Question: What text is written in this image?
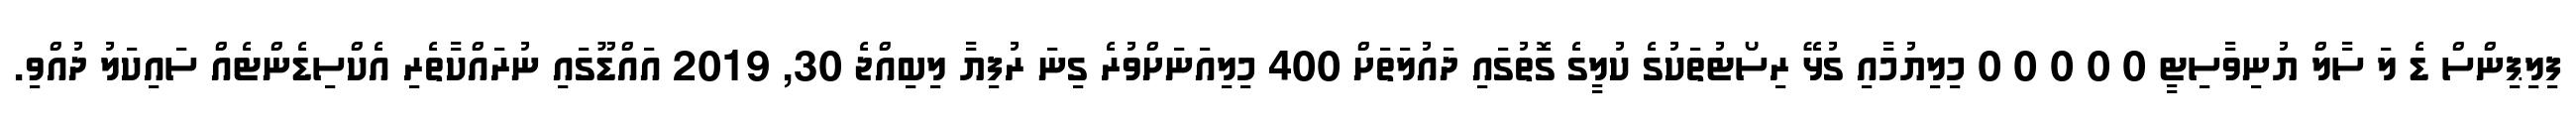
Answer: ފިލިޕިންސް ޑެ ލަ ސާލް ޔުނިވާސިޓީ 0 0 0 0 0 މިލިޔުމާއި ގުޅޭ ރިސޯޓުތަކުގެ ކުލީގެ ގޮތުގައި ދައުލަތަށް 400 މިލިއަނަށްވުރެ ގިނަ ރުފިޔާ ލިބިއްޖެ 30, 2019 އައްޑޫގައި ނުރައްކާތެރި އެކްސިޑެންޓެއް ސައިކަލު ދުއްވި.